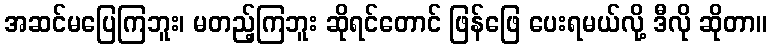
အဆင်မပြေကြဘူး၊ မတည့်ကြဘူး ဆိုရင်တောင် ဖြန်ဖြေ ပေးရမယ်လို့ ဒီလို ဆိုတာ။